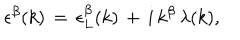
LaTeX: \epsilon ^ { \beta } ( k ) \, = \, \epsilon _ { L } ^ { \beta } ( k ) \, + \, i \, k ^ { \beta } \, \lambda ( k ) ,